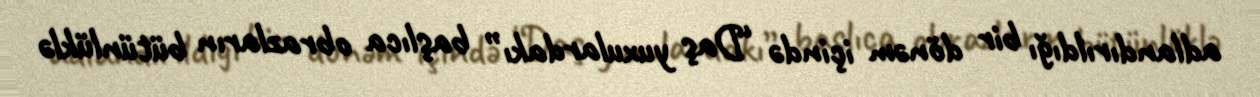
adlandırıldığı bir dönəm içində “Daş yuxulardakı” başlıca obrazların bütünlüklə